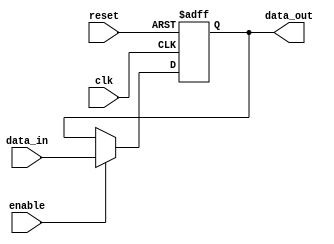
module OutputRegister #(parameter WIDTH = 8) (
    input wire clk,                // Clock input
    input wire reset,              // Asynchronous reset input
    input wire enable,             // Enable signal
    input wire [WIDTH-1:0] data_in,// Data input
    output reg [WIDTH-1:0] data_out // Output register
);

// Asynchronous reset logic
always @(posedge clk or posedge reset) begin
    if (reset) begin
        data_out <= {WIDTH{1'b0}}; // Clear the register to 0 when reset is high
    end else if (enable) begin
        data_out <= data_in;       // Capture data on clock edge if enabled
    end
end

endmodule